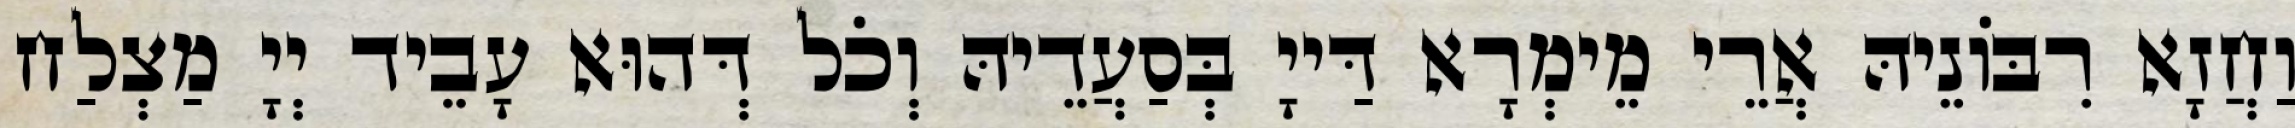
וַחֲזָא רִבּוֹנֵיהּ אֲרֵי מֵימְרָא דַּייָ בְּסַעֲדֵיהּ וְכֹל דְּהוּא עָבֵיד יְיָ מַצְלַח